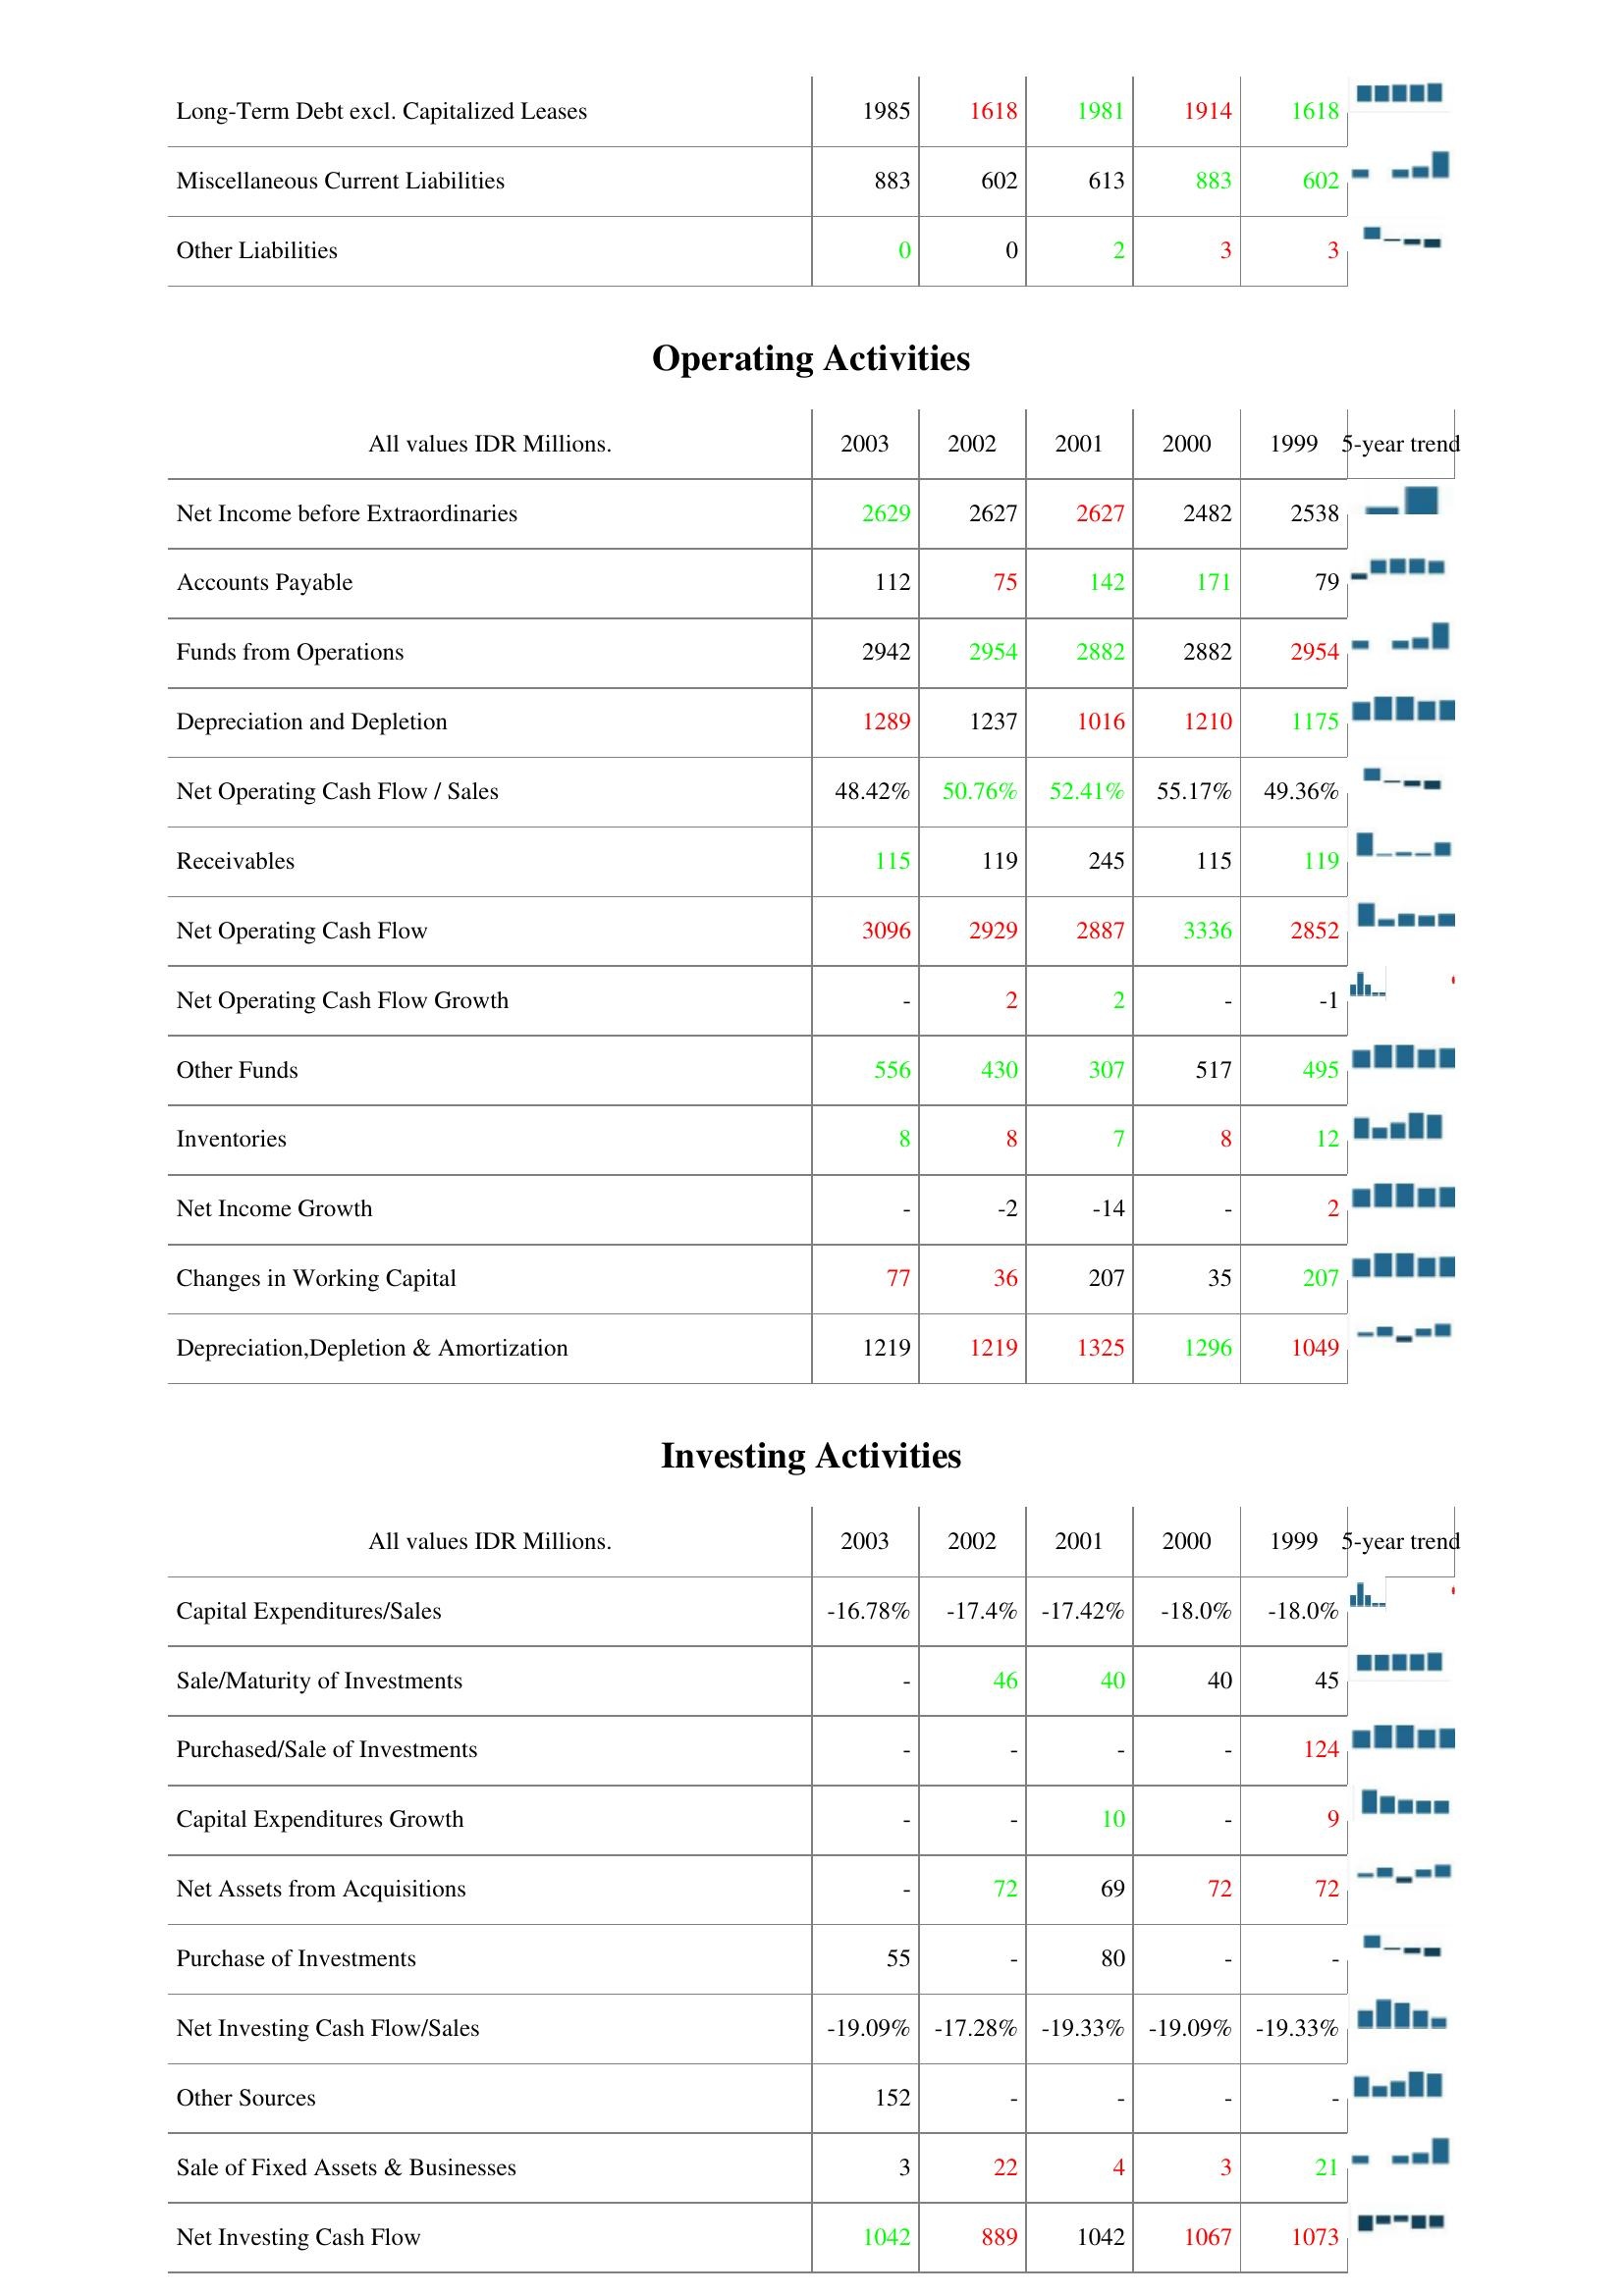
2003: Liabilities & Shareholder's Equity: Long-Term Debt excl. Capitalized Leases: 1985
Miscellaneous Current Liabilities: 883
Other Liabilities: 0
Operating Activities: Net Income before Extraordinaries: 2629
Accounts Payable: 112
Funds from Operations: 2942
Depreciation and Depletion: 1289
Net Operating Cash Flow / Sales: 48.42%
Receivables: 115
Net Operating Cash Flow: 3096
Net Operating Cash Flow Growth: -
Other Funds: 556
Inventories: 8
Net Income Growth: -
Changes in Working Capital: 77
Depreciation,Depletion & Amortization: 1219
Investing Activities: Capital Expenditures/Sales: -16.78%
Sale/Maturity of Investments: -
Purchased/Sale of Investments: -
Capital Expenditures Growth: -
Net Assets from Acquisitions: -
Purchase of Investments: 55
Net Investing Cash Flow/Sales: -19.09%
Other Sources: 152
Sale of Fixed Assets & Businesses: 3
Net Investing Cash Flow: 1042
2002: Liabilities & Shareholder's Equity: Long-Term Debt excl. Capitalized Leases: 1618
Miscellaneous Current Liabilities: 602
Other Liabilities: 0
Operating Activities: Net Income before Extraordinaries: 2627
Accounts Payable: 75
Funds from Operations: 2954
Depreciation and Depletion: 1237
Net Operating Cash Flow / Sales: 50.76%
Receivables: 119
Net Operating Cash Flow: 2929
Net Operating Cash Flow Growth: 2
Other Funds: 430
Inventories: 8
Net Income Growth: -2
Changes in Working Capital: 36
Depreciation,Depletion & Amortization: 1219
Investing Activities: Capital Expenditures/Sales: -17.4%
Sale/Maturity of Investments: 46
Purchased/Sale of Investments: -
Capital Expenditures Growth: -
Net Assets from Acquisitions: 72
Purchase of Investments: -
Net Investing Cash Flow/Sales: -17.28%
Other Sources: -
Sale of Fixed Assets & Businesses: 22
Net Investing Cash Flow: 889
2001: Liabilities & Shareholder's Equity: Long-Term Debt excl. Capitalized Leases: 1981
Miscellaneous Current Liabilities: 613
Other Liabilities: 2
Operating Activities: Net Income before Extraordinaries: 2627
Accounts Payable: 142
Funds from Operations: 2882
Depreciation and Depletion: 1016
Net Operating Cash Flow / Sales: 52.41%
Receivables: 245
Net Operating Cash Flow: 2887
Net Operating Cash Flow Growth: 2
Other Funds: 307
Inventories: 7
Net Income Growth: -14
Changes in Working Capital: 207
Depreciation,Depletion & Amortization: 1325
Investing Activities: Capital Expenditures/Sales: -17.42%
Sale/Maturity of Investments: 40
Purchased/Sale of Investments: -
Capital Expenditures Growth: 10
Net Assets from Acquisitions: 69
Purchase of Investments: 80
Net Investing Cash Flow/Sales: -19.33%
Other Sources: -
Sale of Fixed Assets & Businesses: 4
Net Investing Cash Flow: 1042
2000: Liabilities & Shareholder's Equity: Long-Term Debt excl. Capitalized Leases: 1914
Miscellaneous Current Liabilities: 883
Other Liabilities: 3
Operating Activities: Net Income before Extraordinaries: 2482
Accounts Payable: 171
Funds from Operations: 2882
Depreciation and Depletion: 1210
Net Operating Cash Flow / Sales: 55.17%
Receivables: 115
Net Operating Cash Flow: 3336
Net Operating Cash Flow Growth: -
Other Funds: 517
Inventories: 8
Net Income Growth: -
Changes in Working Capital: 35
Depreciation,Depletion & Amortization: 1296
Investing Activities: Capital Expenditures/Sales: -18.0%
Sale/Maturity of Investments: 40
Purchased/Sale of Investments: -
Capital Expenditures Growth: -
Net Assets from Acquisitions: 72
Purchase of Investments: -
Net Investing Cash Flow/Sales: -19.09%
Other Sources: -
Sale of Fixed Assets & Businesses: 3
Net Investing Cash Flow: 1067
1999: Liabilities & Shareholder's Equity: Long-Term Debt excl. Capitalized Leases: 1618
Miscellaneous Current Liabilities: 602
Other Liabilities: 3
Operating Activities: Net Income before Extraordinaries: 2538
Accounts Payable: 79
Funds from Operations: 2954
Depreciation and Depletion: 1175
Net Operating Cash Flow / Sales: 49.36%
Receivables: 119
Net Operating Cash Flow: 2852
Net Operating Cash Flow Growth: -1
Other Funds: 495
Inventories: 12
Net Income Growth: 2
Changes in Working Capital: 207
Depreciation,Depletion & Amortization: 1049
Investing Activities: Capital Expenditures/Sales: -18.0%
Sale/Maturity of Investments: 45
Purchased/Sale of Investments: 124
Capital Expenditures Growth: 9
Net Assets from Acquisitions: 72
Purchase of Investments: -
Net Investing Cash Flow/Sales: -19.33%
Other Sources: -
Sale of Fixed Assets & Businesses: 21
Net Investing Cash Flow: 1073